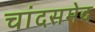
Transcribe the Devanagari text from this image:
चांदसमेद